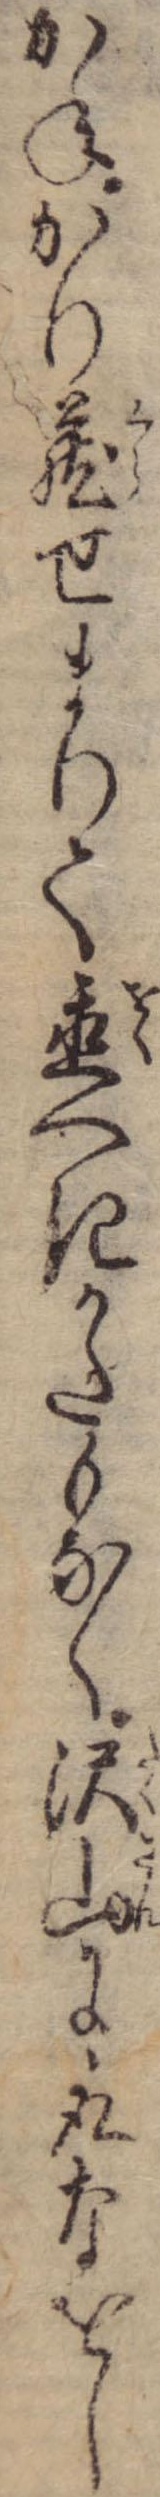
かねかり蔵せまりて置へきかたもなく沢山に取なをし